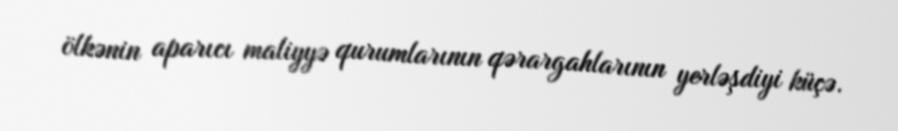
ölkənin aparıcı maliyyə qurumlarının qərargahlarının yerləşdiyi küçə.